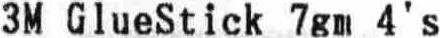
3M GLUESTICK 7GM 4'S